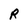
Character: R